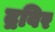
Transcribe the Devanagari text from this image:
द्रविर